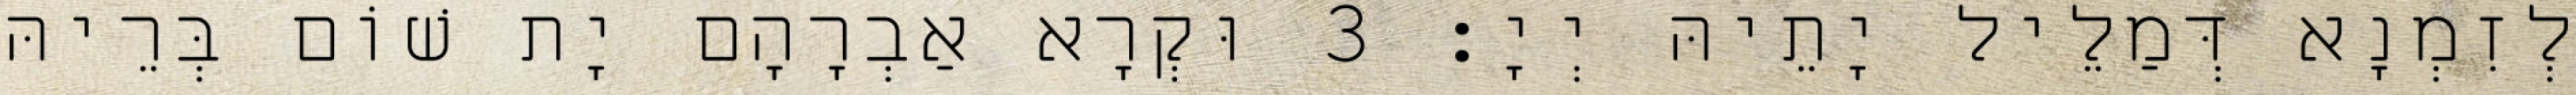
לְזִמְנָא דְּמַלֵיל יָתֵיהּ יְיָ׃ 3 וּקְרָא אַבְרָהָם יָת שׁוֹם בְּרֵיהּ